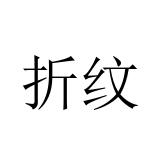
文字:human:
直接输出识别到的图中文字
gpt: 折纹